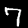
Label: 7